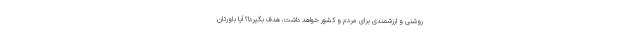
روشنی و ارزشمندی برای مردم و کشور خواهد داشت، هدف بگیرد!؟ آیا باورتان